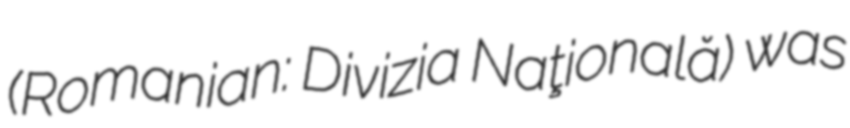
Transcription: (Romanian: Divizia Naţională) was